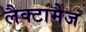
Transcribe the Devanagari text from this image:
लैक्टामेज